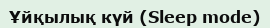
Ұйқылық күй (Sleep mode)